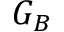
G _ { B }